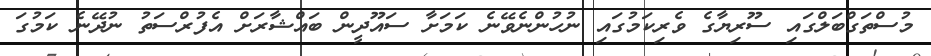
މުސްތަގްބަލްގައި ސޫރިޔާގެ ވެރިކަމުގައި ނުހުންނެވޭނެ ކަމަށާ ސައޫދީން ބައްޝާރަށް އެފުރްސަތު ނުދޭނެ ކަމުގަ